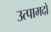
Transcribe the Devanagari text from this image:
उत्पामदों